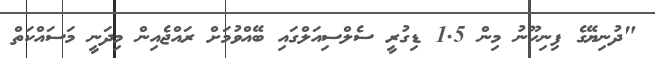
"ދުނިޔޭގެ ފިނިހޫނު މިން 1.5 ޑިގުރީ ސެލްސިއަލްގައި ބޭއްވުމަށް ރައްޖެއިން މިދަނީ މަސައްކަތް